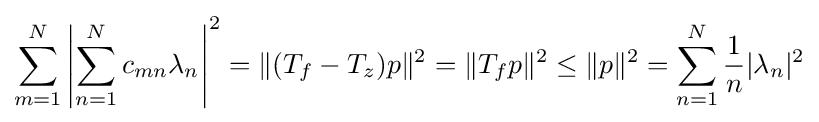
\sum _{m=1}^{N}\left|\sum _{n=1}^{N}c_{mn}\lambda _{n}\right|^{2}=\|(T_{f}-T_{z})p\|^{2}=\|T_{f}p\|^{2}\leq \|p\|^{2}=\sum _{n=1}^{N}{1 \over n}|\lambda _{n}|^{2}